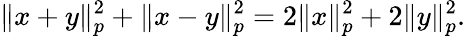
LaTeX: \| x+y\| _{p}^{2}+\| x-y\| _{p}^{2}=2\| x\| _{p}^{2}+2\| y\| _{p}^{2}.